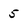
Character: 5